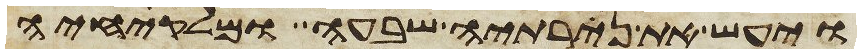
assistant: ויעש את נרתיה שבעה ומלקחיה